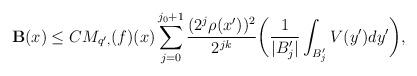
LaTeX: \begin{align*}\mathbf{B}(x)& \leq C M_{q',}(f)(x) \sum _{j=0}^{j_{0}+1} {{(2^{j}\rho(x'))^{2}}\over{2^{jk}}} \bigg({1\over{|B'_{j}|}}\int _{B'_{j}} V(y')dy'\bigg),\end{align*}